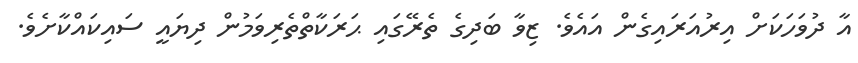
އާ ދުވަހަކަށް އިރުއަރައިގެން އައެވެ. ޒިވާ ބަދިގެ ތެރޭގައި ޙަރަކާތްތެރިވަމުން ދިޔައީ ސައިކައްކާށެވެ.